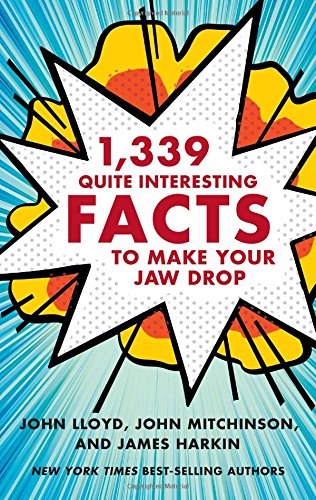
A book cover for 1,339 Quite Interesting Facts to Make Your Jaw Drop; John Lloyd; Humor & Entertainment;